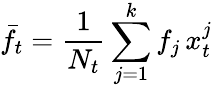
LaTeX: \bar{f}_{t}=\frac{1}{N_{t}}\sum_{j=1}^{k}f_{j}\, x_{t}^{j}